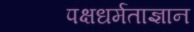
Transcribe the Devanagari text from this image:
पक्षधर्मताज्ञान